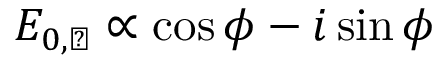
E _ { 0 , \perp } \propto \cos \phi - i \sin \phi